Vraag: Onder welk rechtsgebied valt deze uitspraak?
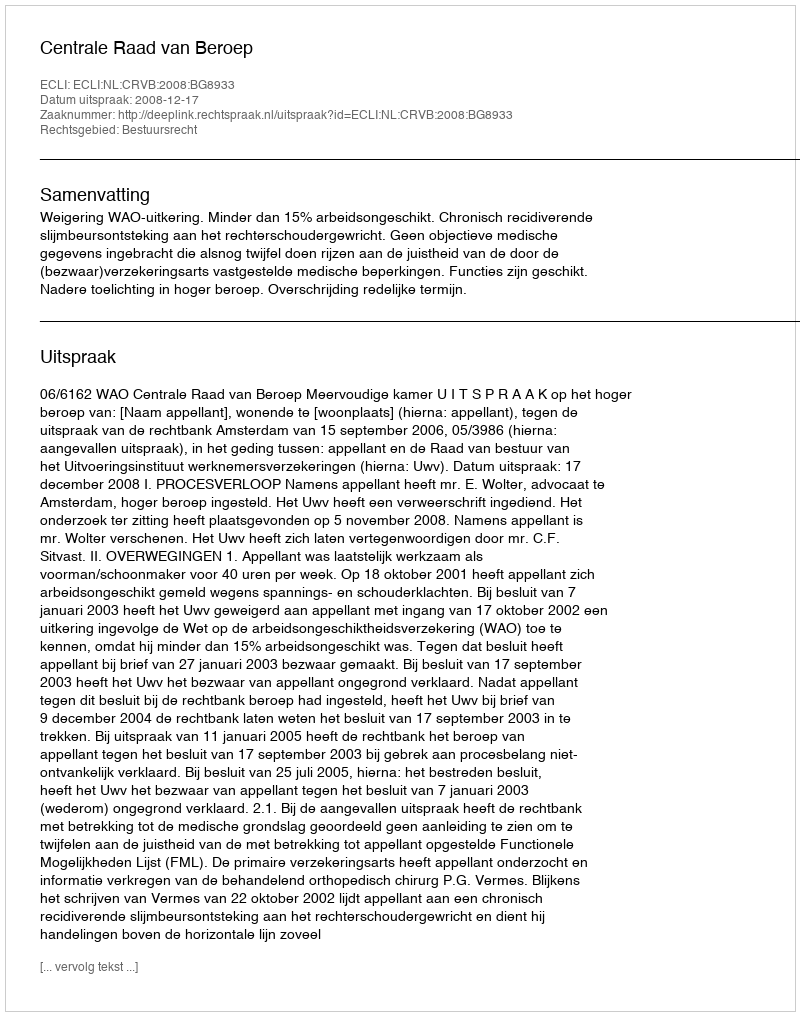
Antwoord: Bestuursrecht